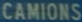
CAMIONS